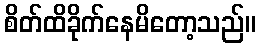
စိတ်ထိခိုက်နေမိတော့သည်။